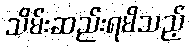
သိမ်းဆည်းရမိသည့်